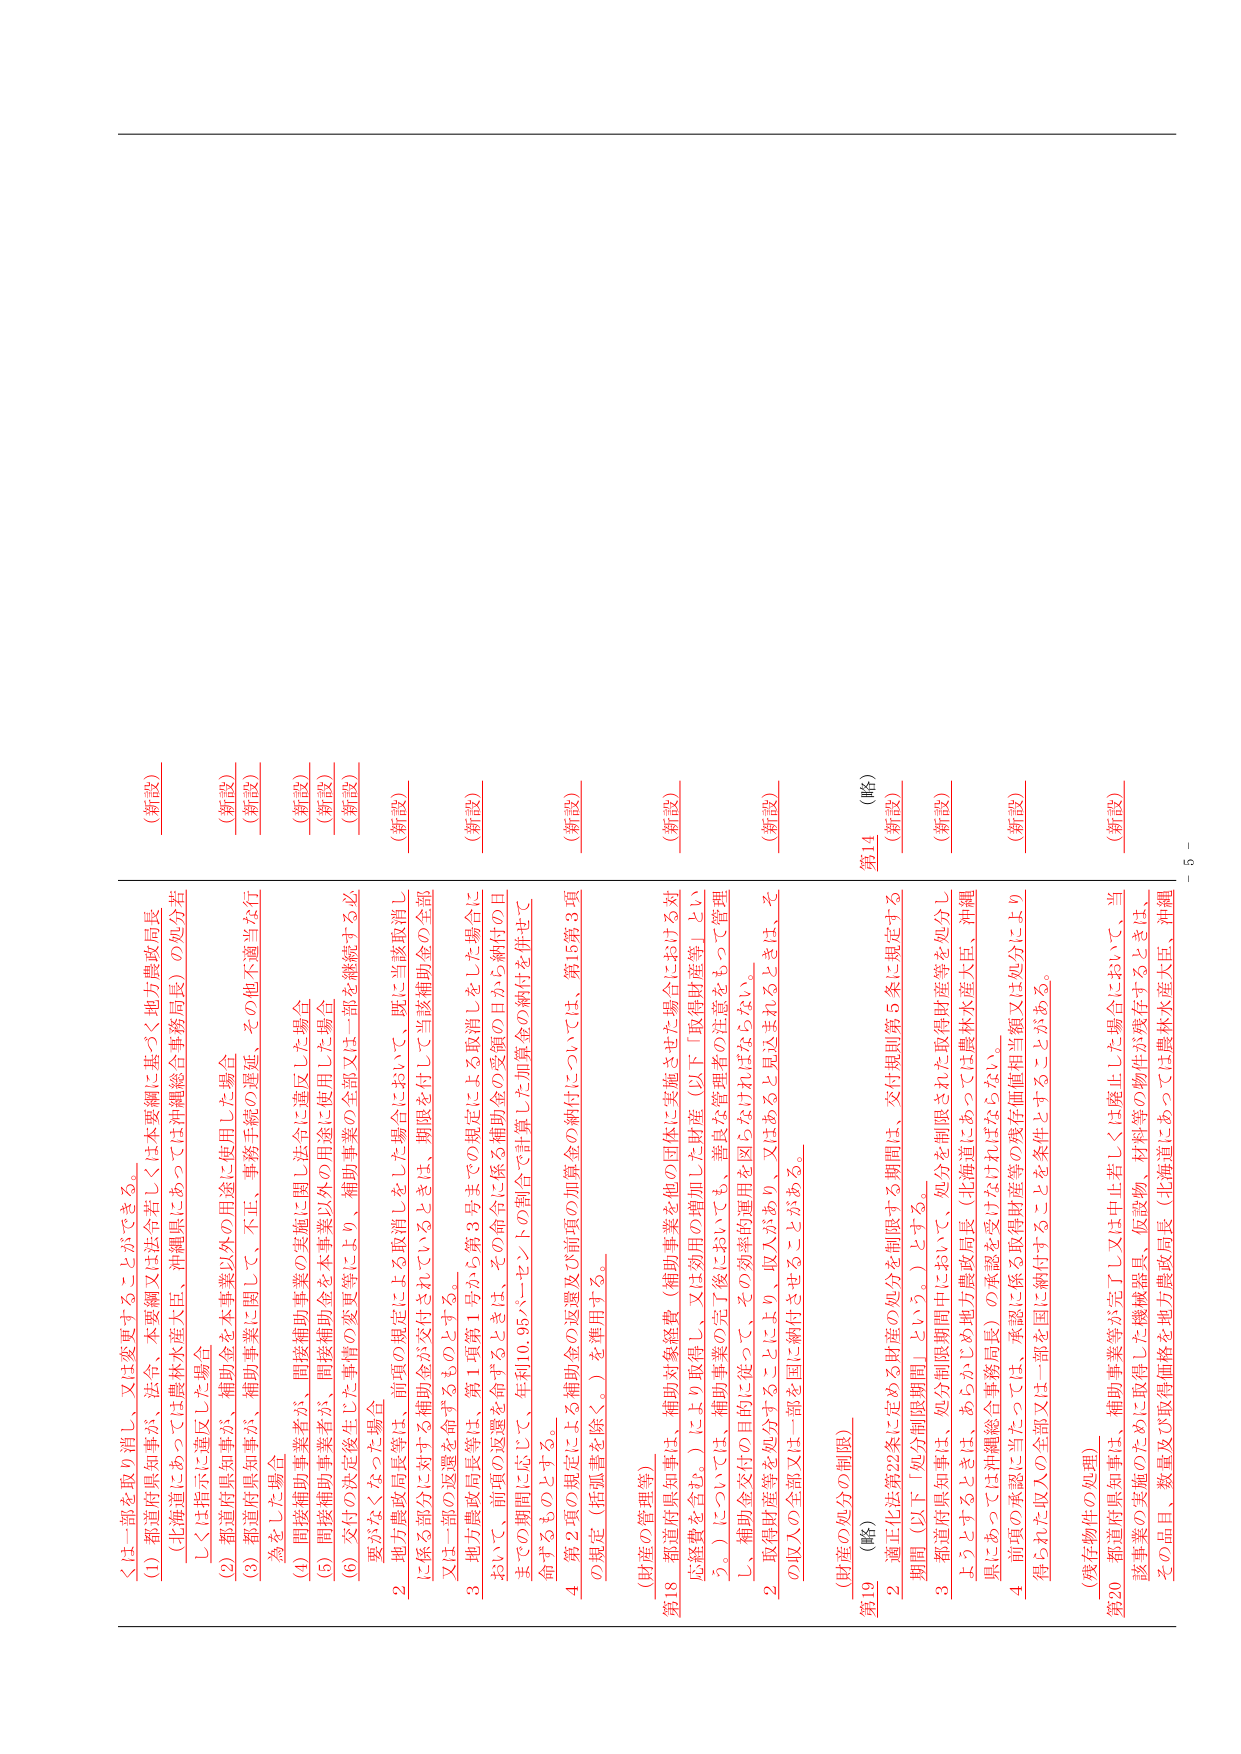
くは一部を取の消し、又は変更することができる。

(1) 都道府県知事が、法令、本要綱又は法令若しくは本要綱に基づく地方農政局長
（北海道にあつては農林水産大臣、沖縄県にあつては沖縄総合事務局長）の処分若
しくは指示に違反した場合
(新設)

(2) 都道府県知事が、補助金を本事業以外の用途に使用した場合
(新設)

(3) 都道府県知事が、補助事業に関して、不正、事務手続の遅延、その他不適当な行
為をした場合
(新設)

(4) 間接補助事業者が、間接補助事業の実施に関し法令に違反した場合
(新設)

(5) 間接補助事業者が、間接補助金を本事業以外の用途に使用した場合
(新設)

(6) 交付の決定後生じた事情の変更等により、補助事業の全部又は一部を継続する必
要がなくなつた場合
(新設)

2 地方農政局長等は、前項の規定による取消しをした場合において、既に当該取消し
に係る部分に対する補助金が交付されているときは、期限を付して当該補助金の全部
又は一部の返還を命ずるものとする。
(新設)

3 地方農政局長等は、第1項第1号から第3号までの規定による取消しをした場合に
おいて、前項の返還を命ずるときは、その命令に係る補助金の受領の日から納付の日
までの期間に応じて、年利10.95パーセントの割合で計算した加算金の納付を併せて
命ずるものとする。
(新設)

4 第2項の規定による補助金の返還及び前項の加算金の納付については、第15第3項
の規定（抵当権を除く。）を準用する。
(新設)

（財産の管理等）

第18 都道府県知事は、補助対象経費（補助事業を他の団体に実施させた場合における対
応経費を含む。）により取得し、又は効用の増加した財産（以下「取得財産等」とい
う。）については、補助事業の完了後においても、善良な管理者の注意をもつて管理
し、補助金交付の目的に従つて、その効率的運用を図らなければならない。
(新設)

2 取得財産等を処分することにより、収入があり、又はあると見込まれるときは、そ
の収入の全部又は一部を国に納付させることがある。
(新設)

第14 （略）
(略)

第19 （略）
(新設)

（財産の処分の制限）

2 適正化法第22条に定める財産の処分を制限する期間は、交付規則第5条に規定する
期間（以下「処分制限期間」という。）とする。
(新設)

3 都道府県知事は、処分制限期間中において、処分を制限された取得財産等を処分し
ようとするときは、あらかじめ地方農政局長（北海道にあつては農林水産大臣、沖縄
県にあつては沖縄総合事務局長）の承認を受けなければならない。
(新設)

4 前項の承認に当たっては、承認に係る取得財産等の残存価値相当額又は処分により
得られた収入の全部又は一部を国に納付することを条件とすることがある。
(新設)

（残存物件の処理）

第20 都道府県知事は、補助事業等が完了又は中止若しくは廃止した場合において、当
該事業の実施のために取得した機械器具、仮設物、材料等の物件が残存するときは、
その品目、数量及び取得価格を地方農政局長（北海道にあつては農林水産大臣、沖縄
(新設)

－ 5 －